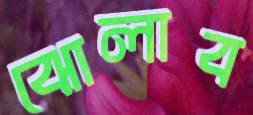
ঝোলাব